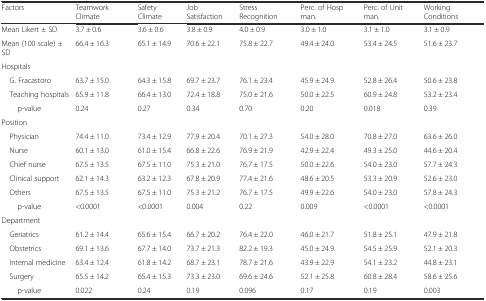
<table><thead><tr><td><b>Factors</b></td><td><b>Teamwork Climate</b></td><td><b>Safety Climate</b></td><td><b>Job Satisfaction</b></td><td><b>Stress Recognition</b></td><td><b>Perc. of Hosp man.</b></td><td><b>Perc. of Unit man.</b></td><td><b>Working Conditions</b></td></tr></thead><tbody><tr><td>Mean Likert ± SD</td><td>3.7 ± 0.6</td><td>3.6 ± 0.6</td><td>3.8 ± 0.9</td><td>4.0 ± 0.9</td><td>3.0 ± 1.0</td><td>3.1 ± 1.0</td><td>3.1 ± 0.9</td></tr><tr><td>Mean (100 scale) ± SD</td><td>66.4 ± 16.3</td><td>65.1 ± 14.9</td><td>70.6 ± 22.1</td><td>75.8 ± 22.7</td><td>49.4 ± 24.0</td><td>53.4 ± 24.5</td><td>51.6 ± 23.7</td></tr><tr><td>Hospitals</td><td></td><td></td><td></td><td></td><td></td><td></td><td></td></tr><tr><td> G. Fracastoro</td><td>63.7 ± 15.0</td><td>64.3 ± 15.8</td><td>69.7 ± 23.7</td><td>76.1 ± 23.4</td><td>45.9 ± 24.9</td><td>52.8 ± 26.4</td><td>50.6 ± 23.8</td></tr><tr><td> Teaching hospitals</td><td>65.9 ± 11.8</td><td>66.4 ± 13.0</td><td>72.4 ± 18.8</td><td>75.0 ± 21.6</td><td>50.0 ± 22.5</td><td>60.9 ± 24.8</td><td>53.2 ± 23.4</td></tr><tr><td>p-value</td><td>0.24</td><td>0.27</td><td>0.34</td><td>0.70</td><td>0.20</td><td>0.018</td><td>0.39</td></tr><tr><td>Position</td><td></td><td></td><td></td><td></td><td></td><td></td><td></td></tr><tr><td> Physician</td><td>74.4 ± 11.0</td><td>73.4 ± 12.9</td><td>77.9 ± 20.4</td><td>70.1 ± 27.3</td><td>54.0 ± 28.0</td><td>70.8 ± 27.0</td><td>63.6 ± 26.0</td></tr><tr><td> Nurse</td><td>60.1 ± 13.0</td><td>61.0 ± 15.4</td><td>66.8 ± 22.6</td><td>76.9 ± 21.9</td><td>42.9 ± 22.4</td><td>49.3 ± 25.0</td><td>44.6 ± 20.4</td></tr><tr><td> Chief nurse</td><td>67.5 ± 13.5</td><td>67.5 ± 11.0</td><td>75.3 ± 21.0</td><td>76.7 ± 17.5</td><td>50.0 ± 22.6</td><td>54.0 ± 23.0</td><td>57.7 ± 24.3</td></tr><tr><td> Clinical support</td><td>62.1 ± 14.3</td><td>63.2 ± 12.3</td><td>67.8 ± 20.9</td><td>77.4 ± 21.6</td><td>48.6 ± 20.5</td><td>53.3 ± 20.9</td><td>52.6 ± 23.0</td></tr><tr><td> Others</td><td>67.5 ± 13.5</td><td>67.5 ± 11.0</td><td>75.3 ± 21.2</td><td>76.7 ± 17.5</td><td>49.9 ± 22.6</td><td>54.0 ± 23.0</td><td>57.8 ± 24.3</td></tr><tr><td>p-value</td><td>&lt;0.0001</td><td>&lt;0.0001</td><td>0.004</td><td>0.22</td><td>0.009</td><td>&lt;0.0001</td><td>&lt;0.0001</td></tr><tr><td>Department</td><td></td><td></td><td></td><td></td><td></td><td></td><td></td></tr><tr><td> Geriatrics</td><td>61.2 ± 14.4</td><td>65.6 ± 15.4</td><td>66.7 ± 20.2</td><td>76.4 ± 22.0</td><td>46.0 ± 21.7</td><td>51.8 ± 25.1</td><td>47.9 ± 21.8</td></tr><tr><td> Obstetrics</td><td>69.1 ± 13.6</td><td>67.7 ± 14.0</td><td>73.7 ± 21.3</td><td>82.2 ± 19.3</td><td>45.0 ± 24.9</td><td>54.5 ± 25.9</td><td>52.1 ± 20.3</td></tr><tr><td> Internal medicine</td><td>63.4 ± 12.4</td><td>61.8 ± 14.2</td><td>68.7 ± 23.1</td><td>78.7 ± 21.6</td><td>43.9 ± 22.9</td><td>54.1 ± 23.2</td><td>44.8 ± 23.1</td></tr><tr><td> Surgery</td><td>65.5 ± 14.2</td><td>65.4 ± 15.3</td><td>73.3 ± 23.0</td><td>69.6 ± 24.6</td><td>52.1 ± 25.8</td><td>60.8 ± 28.4</td><td>58.6 ± 25.6</td></tr><tr><td>p-value</td><td>0.022</td><td>0.24</td><td>0.19</td><td>0.096</td><td>0.17</td><td>0.19</td><td>0.003</td></tr></tbody></table>